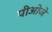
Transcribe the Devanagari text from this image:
पीओजे